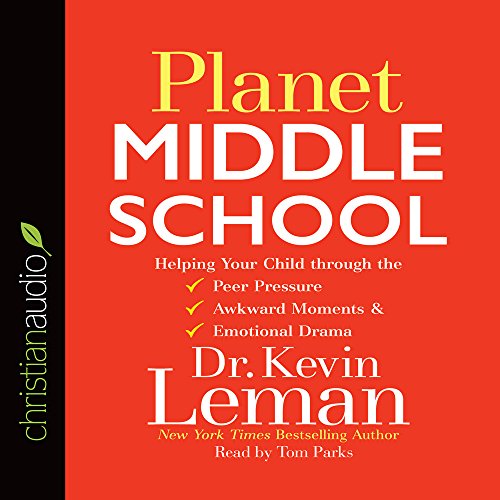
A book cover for Planet Middle School: Helping Your Child through the Peer Pressure, Awkward Moments & Emotional Drama; Kevin Leman; Self-Help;